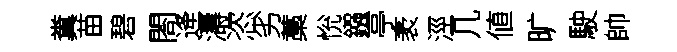
糞苗碧閤逄濤恣劣藁恱鏹亭袤涇几値旷駛帥